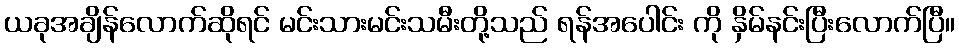
ယခုအချိန်လောက်ဆိုရင် မင်းသားမင်းသမီးတို့သည် ရန်အပေါင်း ကို နှိမ်နင်းပြီးလောက်ပြီ။